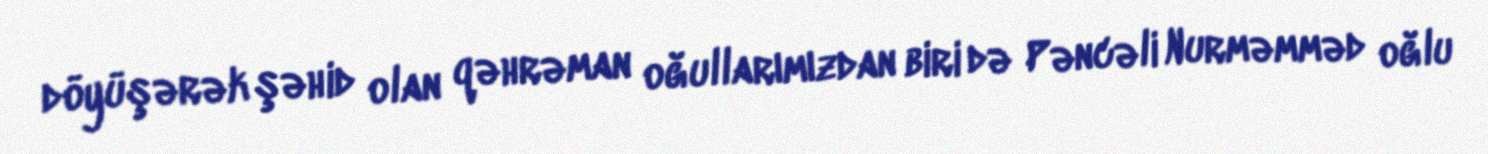
döyüşərək şəhid olan qəhrəman oğullarımızdan biri də Pəncəli Nurməmməd oğlu